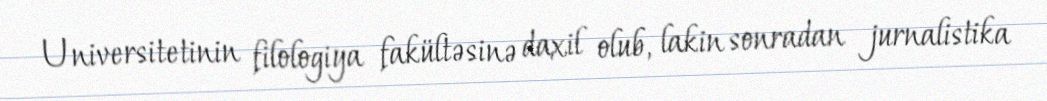
Universitetinin filologiya fakültəsinə daxil olub, lakin sonradan jurnalistika